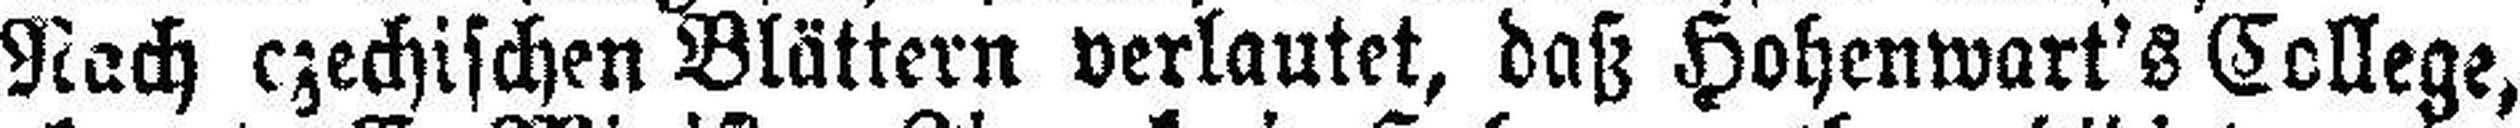
Nach czechischen Blättern verlautet, daß Hohenwart's College,